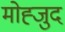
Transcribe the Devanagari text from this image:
मोह्जुद